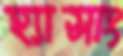
হ্যাসাং